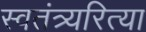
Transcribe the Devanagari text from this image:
स्वतंत्र्यरित्या